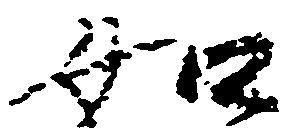
如